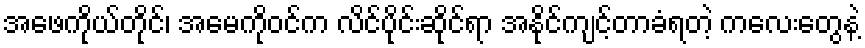
အဖေကိုယ်တိုင်၊ အမေကိုဝင်က လိင်ပိုင်းဆိုင်ရာ အနိုင်ကျင့်တာခံရတဲ့ ကလေးတွေနဲ့